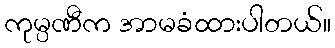
ကုမ္ပဏီက အာမခံထားပါတယ်။